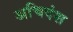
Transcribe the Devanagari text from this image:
अचिदंश